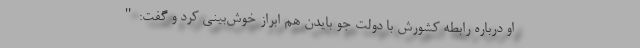
او درباره رابطه کشورش با دولت جو بایدن هم ابراز خوش‌بینی کرد و گفت:"